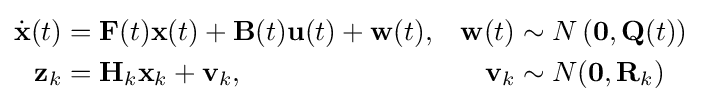
{\begin{aligned}{\dot {\mathbf {x} }}(t)&=\mathbf {F} (t)\mathbf {x} (t)+\mathbf {B} (t)\mathbf {u} (t)+\mathbf {w} (t),&\mathbf {w} (t)&\sim N\left(\mathbf {0} ,\mathbf {Q} (t)\right)\\\mathbf {z} _{k}&=\mathbf {H} _{k}\mathbf {x} _{k}+\mathbf {v} _{k},&\mathbf {v} _{k}&\sim N(\mathbf {0} ,\mathbf {R} _{k})\end{aligned}}